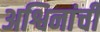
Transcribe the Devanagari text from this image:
अश्विनांची